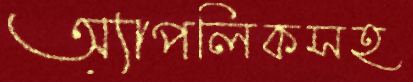
অ্যাপলিকসহ